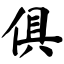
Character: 俱